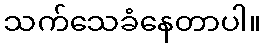
သက်သေခံနေတာပါ။